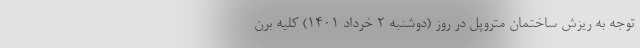
توجه به ریزش ساختمان متروپل در روز (دوشنبه ۲ خرداد ۱۴۰۱) کلیه برن